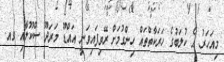
މިއަހަރު އެ ކުލަބުގެ ހަރަކާތްތައް ހިންގުމަށް ރޭވިފައިވަނީ އައްޑޫ މަރަދޫ ސްކޫލާއި ގއ.